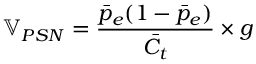
\mathbb { V } _ { P S N } = \frac { \bar { p } _ { e } ( 1 - \bar { p } _ { e } ) } { \bar { C _ { t } } } \times g